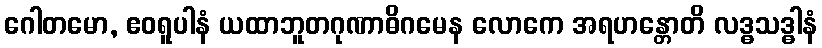
ဂေါတမော, ဧဝရူပါနံ ယထာဘူတဂုဏာဓိဂမေန လောကေ အရဟန္တောတိ လဒ္ဓသဒ္ဓါနံ